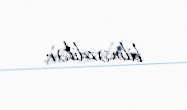
bilməzdilər.